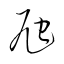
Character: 虺